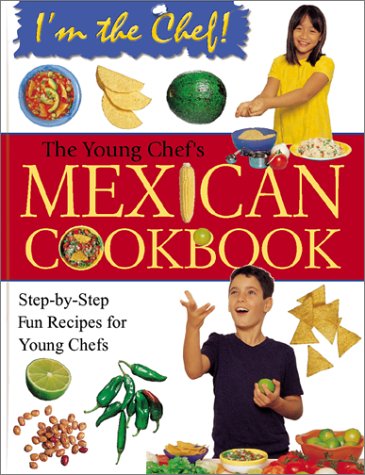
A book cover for The Young Chef's Mexican Cookbook (I'm the Chef); Karen Ward; Children's Books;